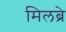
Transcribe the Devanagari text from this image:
मिलब्रे